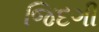
જિદગી